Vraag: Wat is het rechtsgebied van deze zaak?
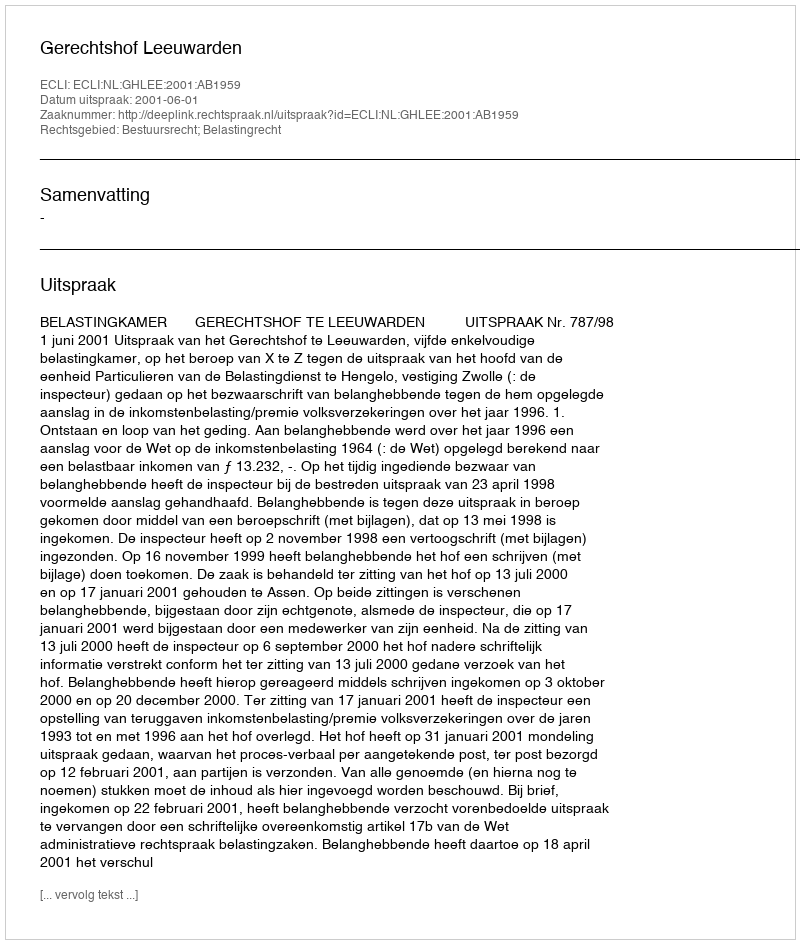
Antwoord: Bestuursrecht; Belastingrecht